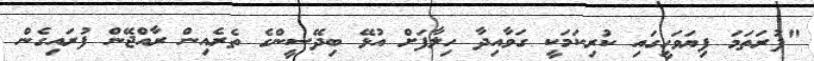
"ފުރަތަމަ ފިޔަވަހީގައި ކުރިކަމަކީ ގަވާއިދާ ހިލާފަށް އުޅޭ ބިދޭސީންގެ ތެރެއިން ރާއްޖޭން ފުރައިގެން